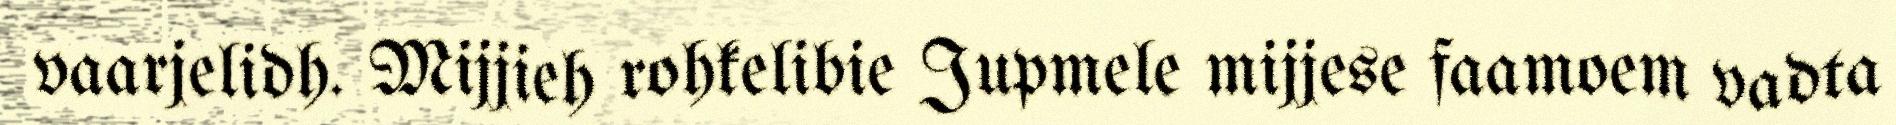
vaarjelidh. Mijjieh rohkelibie Jupmele mijjese faamoem vadta